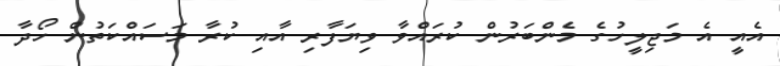
އެއީ އެ މަޖިލީހުގެ މެންބަރުން ކުރައްވާ ވިޔަފާރި އާއި ކުރާ މަސައްކަތުން ހޯދާ